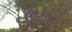
ભૂકાનો